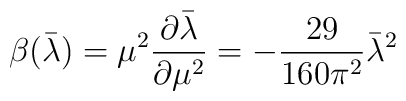
\beta (\bar{\lambda})= \mu^2 \frac{\partial \bar{\lambda} }{\partial \mu^2 }= -\frac{29}{160 \pi^2 } \bar{\lambda}^2